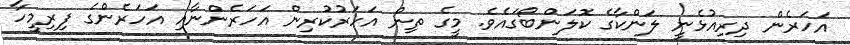
އަހަރެން ދިރިއުޅެނީ ލަންކާގެ ކޮލަންބޯގައެވެ. މީގެ ތިން އަހަރުކުރިން އަހަރެންނާއި އަހަރެންގެ ފިރިމީހާ